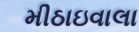
મીઠાઇવાલા